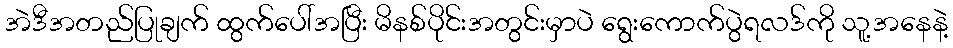
အဲဒီအတည်ပြုချက် ထွက်ပေါ်အပြီး မိနစ်ပိုင်းအတွင်းမှာပဲ ရွေးကောက်ပွဲရလဒ်ကို သူ့အနေနဲ့